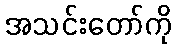
အသင်းတော်ကို